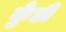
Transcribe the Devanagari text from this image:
कुँडी